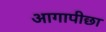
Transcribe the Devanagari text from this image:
आगापीछा